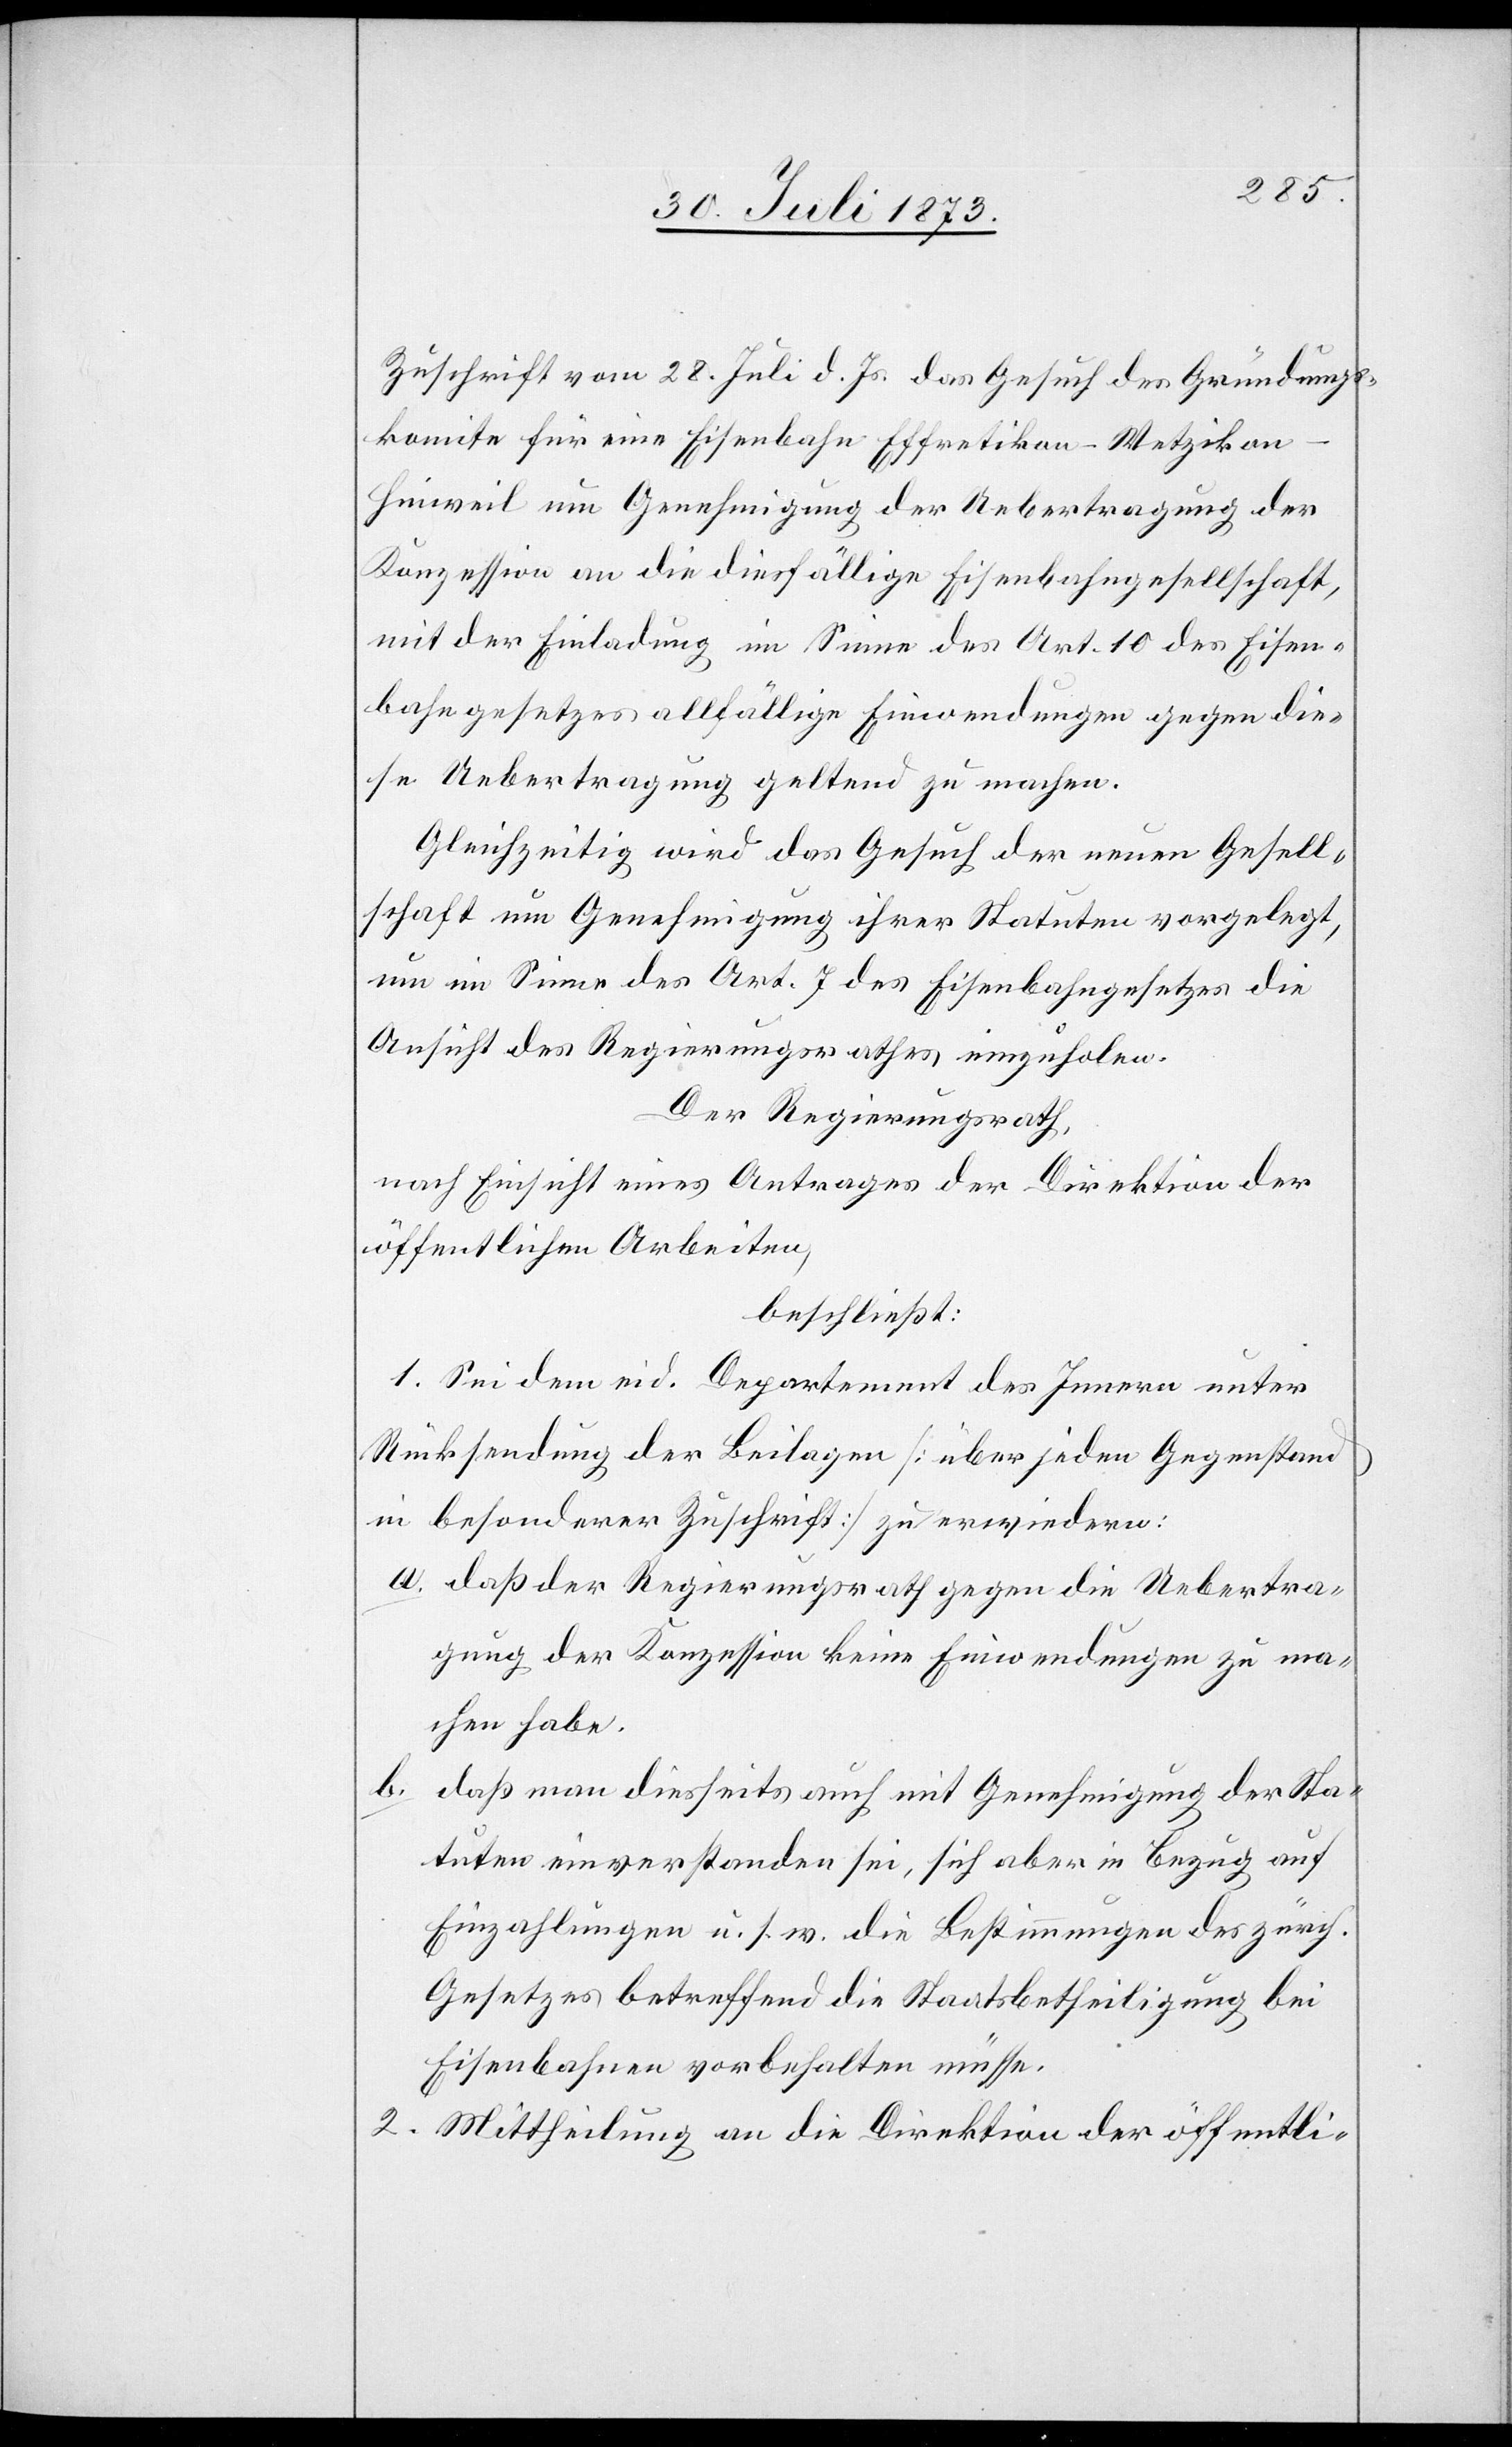
Zuschrift vom 28. Juli d. Js. das Gesuch des Gründungs¬
komite für eine Eisenbahn Effretikon–Wetzikon–H¬
inweil um Genehmigung der Uebertragung der
Konzession an die diesfällige Eisenbahngesellschaft,
mit der Einladung im Sinne des Art. 10 des Eisen¬
bahngesetzes allfällige Einwendungen gegen die¬
se Uebertragung geltend zu machen.
Gleichzeitig wird das Gesuch der neuen Gesell¬
schaft um Genehmigung ihrer Statuten vorgelegt,
um im Sinne des Art. 7 des Eisenbahngesetzes die
Ansicht des Regierungsrathes einzuholen.
Der Regierungsrath,
nach Einsicht eines Antrages der Direktion der
öffentlichen Arbeiten,
beschließt:
1. Sei dem eid. Departement des Innern unter
Rücksendung der Beilagen [über jeden Gegenstand
in besonderer Zuschrift] zu erwiedern:
a. daß der Regierungsrath gegen die Uebertra¬
gung der Konzession keine Einwendungen zu ma¬
chen habe.
b. daß man diesseits auch mit Genehmigung der Sta¬
tuten einverstanden sei, sich aber in Bezug auf
Einzahlungen u. s. w. die Bestimmungen des zürch.
Gesetzes betreffend die Staatsbetheiligung bei
Eisenbahnen vorbehalten müsse.
2. Mittheilung an die Direktion der öffentli-